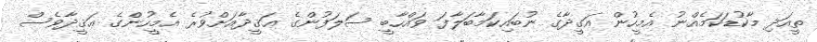
ތީއަދި މާކުޑަކަމެއްނު އެމީހުން އަގީދާގެ ނުބައިކަމާބަލާފަ ވައްހާބީ ސަލަފުންގެ ޢަޤީދާއަށްވުރެ އެމީހުންގެ ޢަޤީދާވެސް